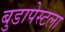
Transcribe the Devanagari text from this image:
बुडापेस्टला